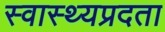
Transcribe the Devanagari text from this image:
स्वास्थ्यप्रदता